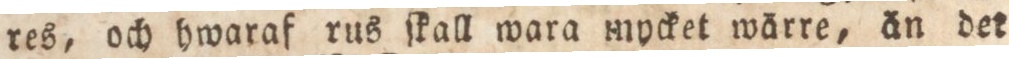
res, och hwaraf rus ſkall wara mycket wärre, än det